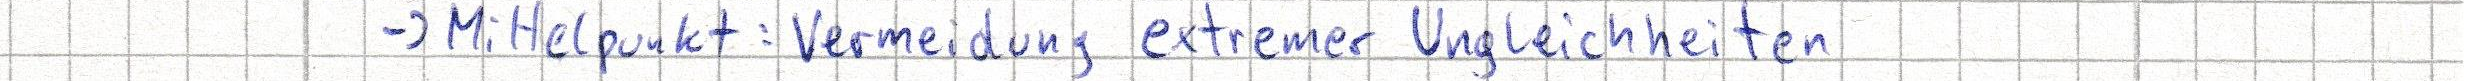
-> Mittelpunkt: Vermeidung extremer Ungleichheiten